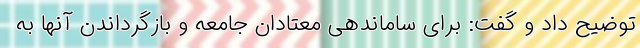
توضیح داد و گفت: برای ساماندهی معتادان جامعه و بازگرداندن آنها به